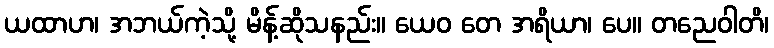
ယထာဟ၊ အဘယ်ကဲ့သို့ မိန့်ဆိုသနည်း။ ယေဝ တေ အရိယာ၊ ပေ။ တညေဝါတိ၊